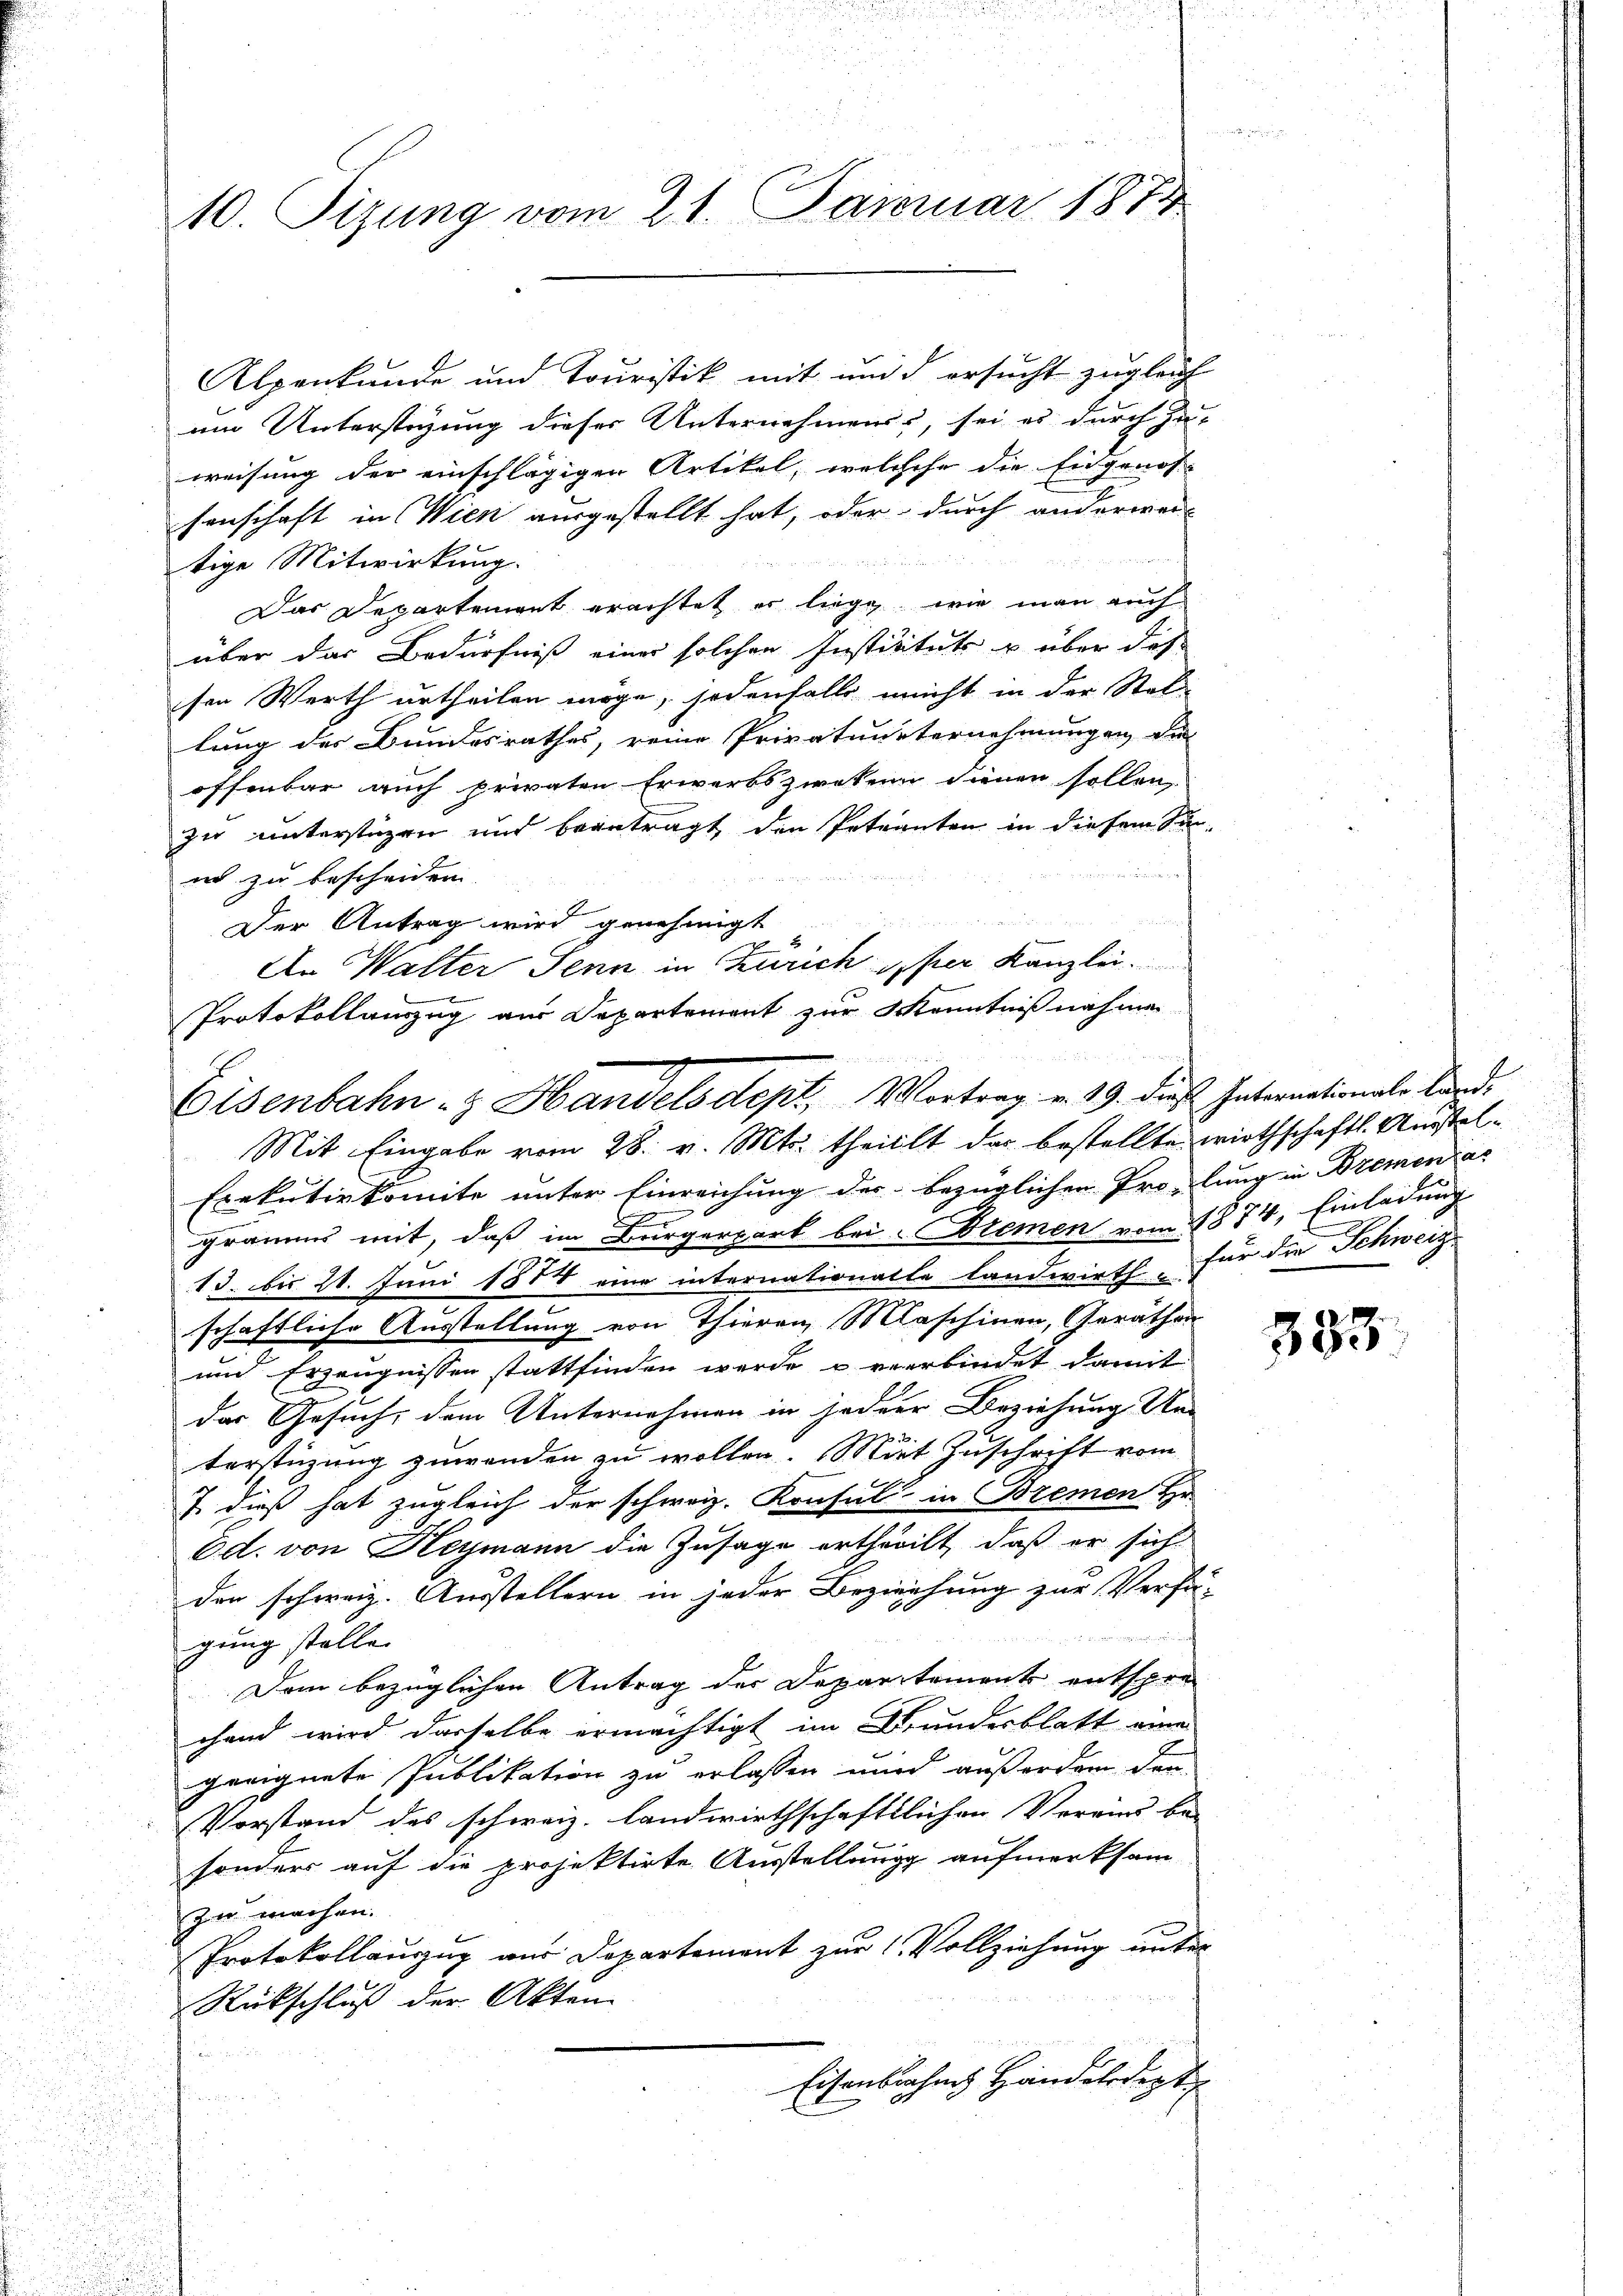
Alpenkunde und Touristik mit und d ersucht zugleich
um Unterstüzung dieser Unternehmens, sei es durch zu-
weisung der einschlägigen Artikel, welchehe die Eidgenos- |
senschaft in Wien ausgestellt hat, oder durch anderwei
   ge
  d
tige Mitwirkung.
Das Departement erachtet er liege, wie man auch
über das Bedürfniß einer solchen Instituts u über dies
sen Werth urtheilen möge, jedenfalls nicht in der Stel-
lung des Bundesrathes, reine Privatunternehmungen die
offenbar auch privaten Erwerbszwekenn dienen sollen,
zu unterstüzen und beantragt den Peternten in diesem Sin-
en zu bescheiden.
Der Antrag wird genehmigt
An Walter Senn in Zürich per Kanzlei.
Protokollauszug aus Departement zur Kenntnißnahmen

10. Sizung vom 21. Januar 1874

Eisenbahn- & Handels dept, Vortrag. v. 19. dieß Internationale Land-
Mit Eingabe vom 28. v. Mts. theillt das bestellte wirthschaftl. Anstel¬

Exekutivkomite unter Einreichung der bezüglichen Pro-lung in Bremen an
l
gramm mit, daß im Bürgerpart bei Atemen vom 1874. Einladung
13. bis 21. Juni 1884 eine internationalle Landwirth, für die Schweize
schaftliche Ausstellung von Thieren Maschinen, Geräthen
und Erzeugnissen stattfinden werde u verbindet damit
das Gesuch, dem Unternehmen in jeder Beziehung Un-
terstüzung zuwenden zu wollen. Mit Zuschrift vom
J. dieß hat zugleich der schweiz. Konsul in Bremen Er
6d. von Heymann die Zusage ertheilt, daß er sich
den schweiz. Ausstellern in jeder Beziehung zur Verfü-

gung stelle
Dem bezüglichen Antrag der Departement entspre
chend wird dasselbe ermächtigt im Bundesblatt eine
geeignete Publikation zu erlassen und außerdem dar-
Vorstand des schweiz. landwirthschaftlichen Vereins be-
sonders auf die projektirte Ausstellung aufmerksam
zu machen.
Protokollaugug aus Departement zur 1 Vollziehung unter
Rückschluß der Akten

Eisenbahng Handledigt

383